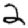
Digit: 2